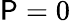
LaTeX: \mathsf{P}=0